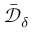
\bar { \mathcal { D } } _ { \delta }